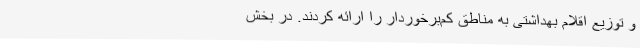
و توزیع اقلام بهداشتی به مناطق کم‌برخوردار را ارائه کردند. در بخش